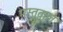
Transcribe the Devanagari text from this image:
मस्तवाल